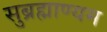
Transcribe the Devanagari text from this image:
सुब्रह्माण्यम